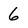
Character: 6